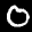
Label: 0